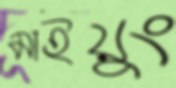
মাইয়ুং